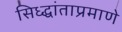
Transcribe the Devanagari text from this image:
सिध्द्धांताप्रमाणे